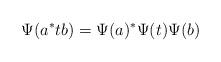
LaTeX: \begin{align*}\Psi(a^* t b)=\Psi(a)^* \Psi(t) \Psi(b)\end{align*}